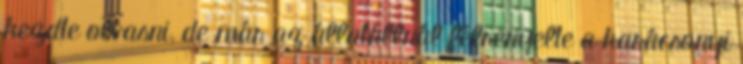
kezdte olvasni, de már az állatállnál félrenyelte a karácsonyi